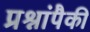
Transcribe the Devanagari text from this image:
प्रश्नांपैकी